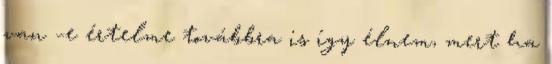
van –e értelme továbbra is így élnem, mert ha